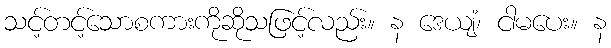
သင့်တင့်သောစကားကိုဆိုသဖြင့်လည်း။ န ဒေယျံ၊ ငါမပေး။ န